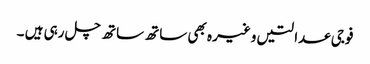
فوجی عدالتیں وغیر ہ بھی ساتھ ساتھ چل رہی ہیں ۔